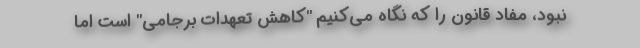
نبود، مفاد قانون را که نگاه می‌کنیم "کاهش تعهدات برجامی" است اما